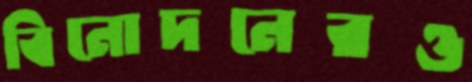
বিনোদনেরও